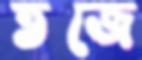
তজে